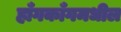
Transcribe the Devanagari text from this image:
हाँगकाँगमधील